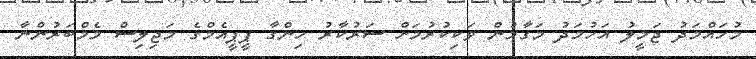
މުހައްމަދު ޖަމީލު އަހުމަދު މަގާމުން ވަކިކުރުމަށް ސަރުކާރު ހިންގާ ޕީޕީއެމްގެ މަޖިލިސް މެމްބަރުންނާ